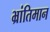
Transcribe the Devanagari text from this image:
भ्रांतिमान